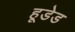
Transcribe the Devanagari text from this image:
हूडेड